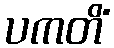
ပကတိံ